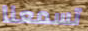
تسمعنا